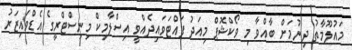
މައުލޫމާތު ދިނުމަށް ބާއްވާ މި ވޯކްޝޮޕް މިއަދު ފައްޓަވައިދެއްވީ އިސްލާމިކް މިނިސްޓްރީގެ އެޑްވައިޒަރު